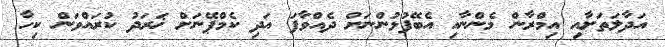
އަދާލަތަށާއި އިމްރާން މެންނާއި އެބޭފުޅުންނަށް ދެއްވާފަ އަދި ކެމްޕޭނަށް ޚަރަދު ކުރައްވަން ކިހާ